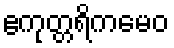
ဧကုတ္တရိကမေဝ